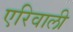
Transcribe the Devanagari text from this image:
एरिवाली